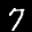
Label: 7